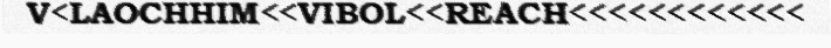
V<LAOCHHIM<<VIBOL<<REACH<<<<<<<<<<<<